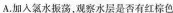
A.加入氯水振荡，观察水层是否有红棕色